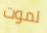
لموت